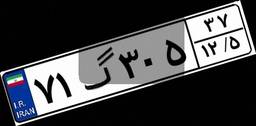
۶۲گ۶۰۵۶۰